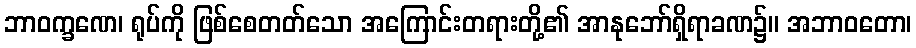
ဘာဝက္ခဏေ၊ ရုပ်ကို ဖြစ်စေတတ်သော အကြောင်းတရားတို့၏ အာနုဘော်ရှိရာခဏ၌။ အဘာဝတော၊